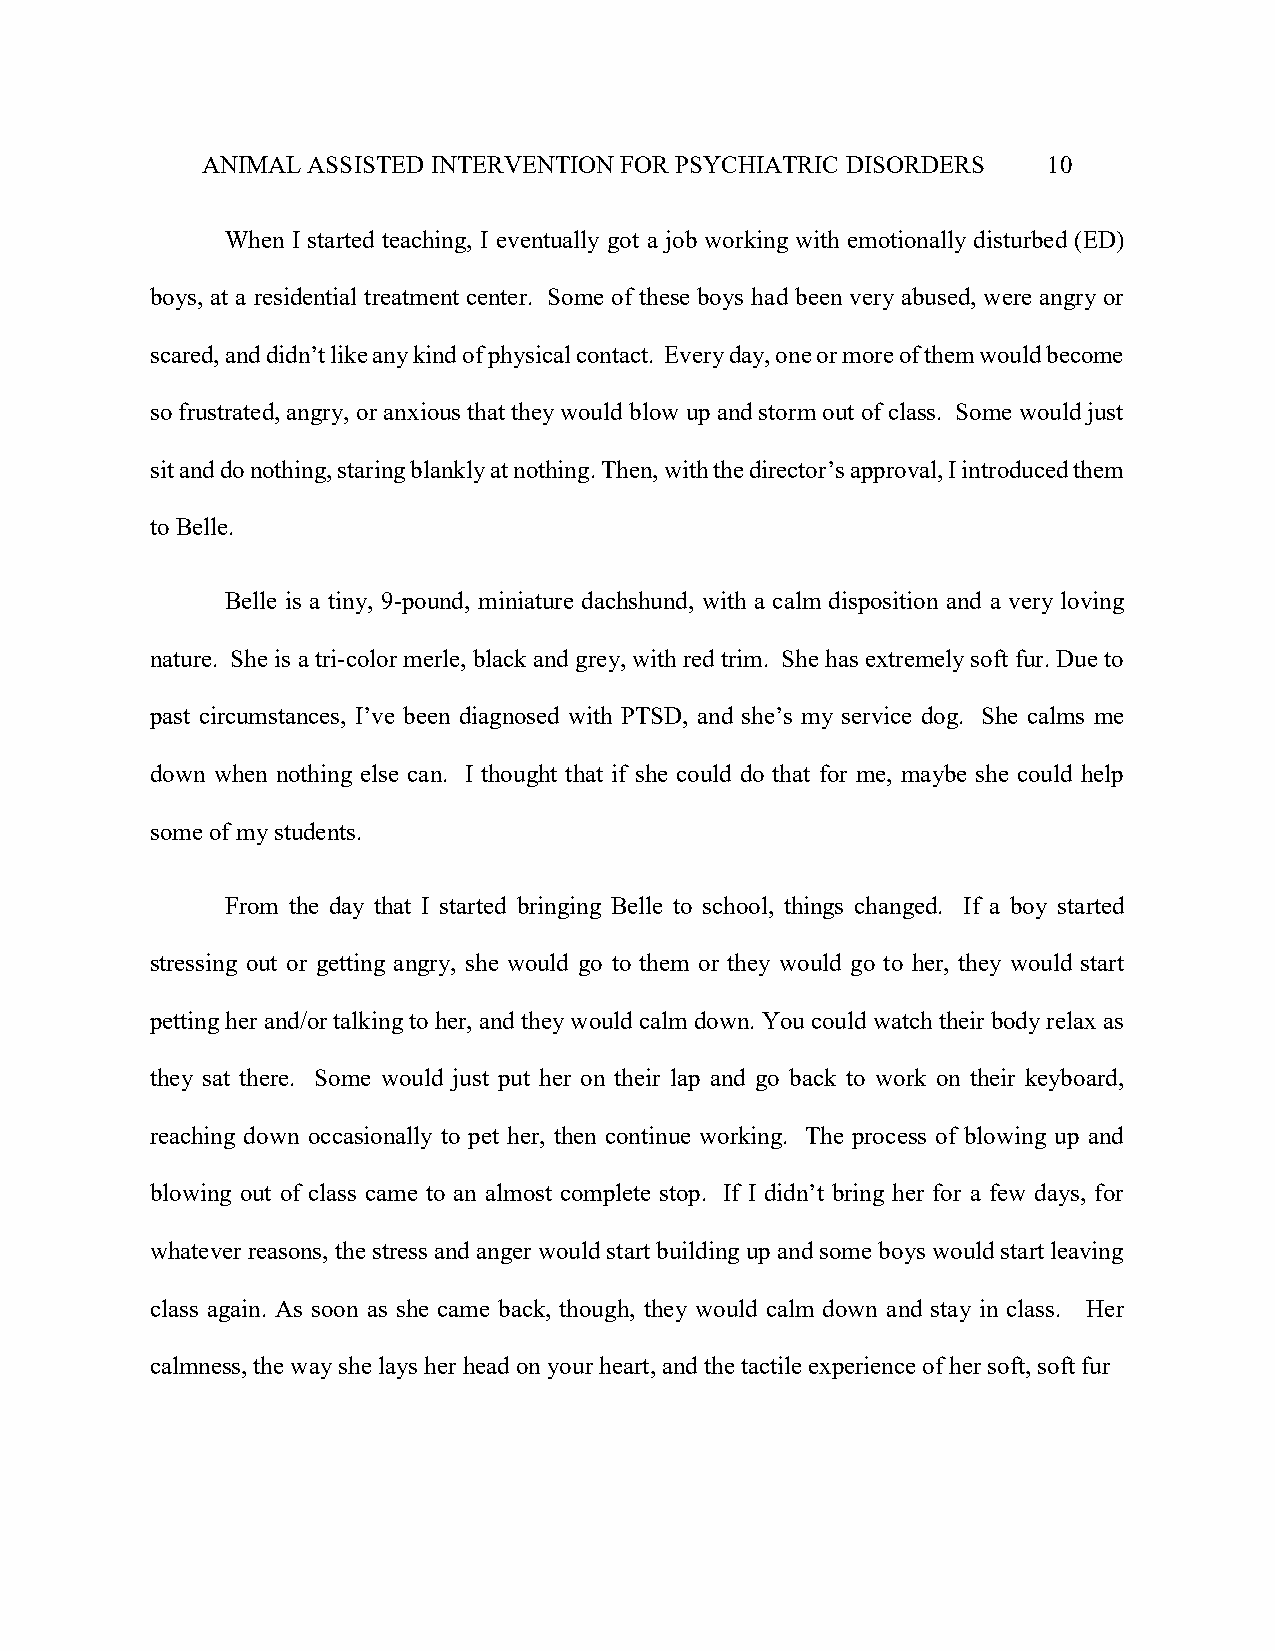
ANIMAL ASSISTED INTERVENTION FOR PSYCHIATRIC DISORDERS  10
 When I started teaching, I eventually got a job working with emotionally disturbed (ED)
 boys, at a residential treatment center. Some of these boys had been very abused, were angry or
 scared, and didn’t like any kind of physical contact. Every day, one or more of them would become
 so frustrated, angry, or anxious that they would blow up and storm out of class. Some would just
 sit and do nothing, staring blankly at nothing. Then, with the director’s approval, I introduced them
 to Belle.
 Belle is a tiny, 9-pound, miniature dachshund, with a calm disposition and a very loving
 nature. She is a tri-color merle, black and grey, with red trim. She has extremely soft fur. Due to
 past circumstances, I’ve been diagnosed with PTSD, and she’s my service dog. She calms me
 down when nothing else can. I thought that if she could do that for me, maybe she could help
 some of my students.
 From the day that I started bringing Belle to school, things changed. If a boy started
 stressing out or getting angry, she would go to them or they would go to her, they would start
 petting her and/or talking to her, and they would calm down. You could watch their body relax as
 they sat there. Some would just put her on their lap and go back to work on their keyboard,
 reaching down occasionally to pet her, then continue working. The process of blowing up and
 blowing out of class came to an almost complete stop. If I didn’t bring her for a few days, for
 whatever reasons, the stress and anger would start building up and some boys would start leaving
 class again. As soon as she came back, though, they would calm down and stay in class. Her
 calmness, the way she lays her head on your heart, and the tactile experience of her soft, soft fur